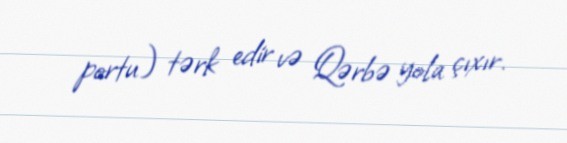
portu) tərk edir və Qərbə yola çıxır.